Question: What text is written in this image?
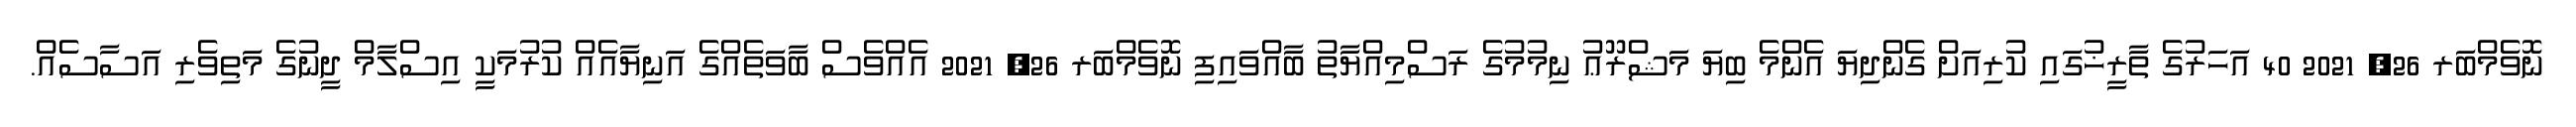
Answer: ނޮވެމްބަރ 26, 2021 40 އަހަރުގެ ތާރީޚުގައި ކުރިއަށް ގެންދިޔަ އެންމެ ބިޔަ މަޝްރޫޢު ނިމުމުގެ ރަސްމިއްޔާތު ބާއްވައިފި ނޮވެމްބަރ 26, 2021 އެއްވެސް ބާވަތެއްގެ އަނިޔާއެއް ކުރުމަކީ އިސްލާމް ދީނުގެ މަތިވެރި އަސާސެއް.